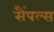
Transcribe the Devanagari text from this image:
सैंपल्स